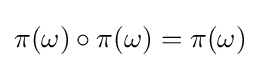
\pi (\omega )\circ \pi (\omega )=\pi (\omega )